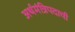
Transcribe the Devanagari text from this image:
अर्थमंत्रिपदाची